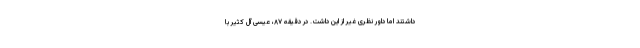
داشتند اما داور نظری غیر از این داشت. در دقیقه ۸۷، عیسی آل کثیر با